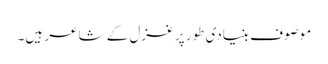
موصوف بنیادی طور پر غزل کے شاعر ہیں۔